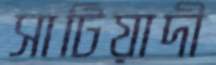
সাটিয়াদী